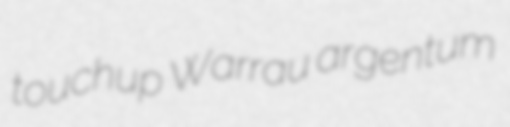
touchup Warrau argentum